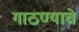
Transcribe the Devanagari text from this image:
गाठण्याचे